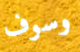
وسوف